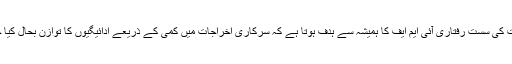
معیشت کی سست رفتاری آئی ایم ایف کا ہمیشہ سے ہدف ہوتا ہے کہ سرکاری اخراجات میں کمی کے ذریعے ادائیگیوں کا توازن بحال کیا جائے۔